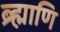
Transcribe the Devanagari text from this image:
ब्र्ह्माणि